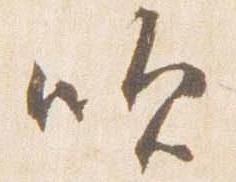
吹